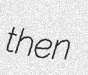
then